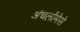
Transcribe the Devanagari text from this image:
अंचलोंमेसे